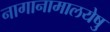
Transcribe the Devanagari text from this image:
नागानामालयेषु